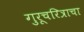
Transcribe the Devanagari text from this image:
गुरूचरित्राचा